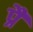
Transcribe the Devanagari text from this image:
प्रै